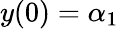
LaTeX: y(0)=\alpha_{1}